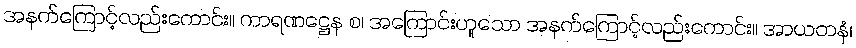
အနက်ကြောင့်လည်းကောင်း။ ကာရဏဋ္ဌေန စ၊ အကြောင်းဟူသော အနက်ကြောင့်လည်းကောင်း။ အာယတနံ၊